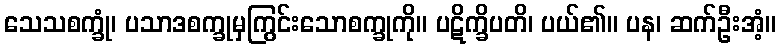
သေသစက္ခုံ၊ ပသာဒစက္ခုမှကြွင်းသောစက္ခုကို။ ပဋိက္ခိပတိ၊ ပယ်၏။ ပန၊ ဆက်ဦးအံ့။